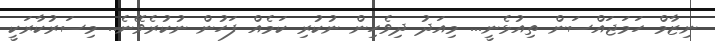
ނިޒާމް ހަމަޖައްސަން ތިއުޅެނީ... މިއަދު ދިވެހިން ނުކުރި ކަމެއް ފަހުން ނުކުރެވޭނެ.. މިސަރުކާރަކީ